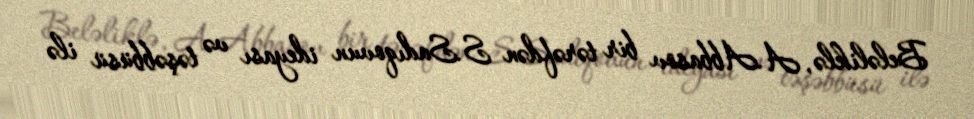
Beləliklə, A.Abbasov bir tərəfdən S.Sadıqovun ideyası və təşəbbüsü ilə